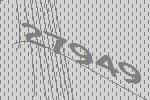
27949